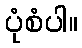
ပုံစံပါ။